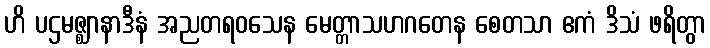
ဟိ ပဌမဇ္ဈာနာဒီနံ အညတရဝသေန မေတ္တာသဟဂတေန စေတသာ ဧကံ ဒိသံ ဖရိတွာ